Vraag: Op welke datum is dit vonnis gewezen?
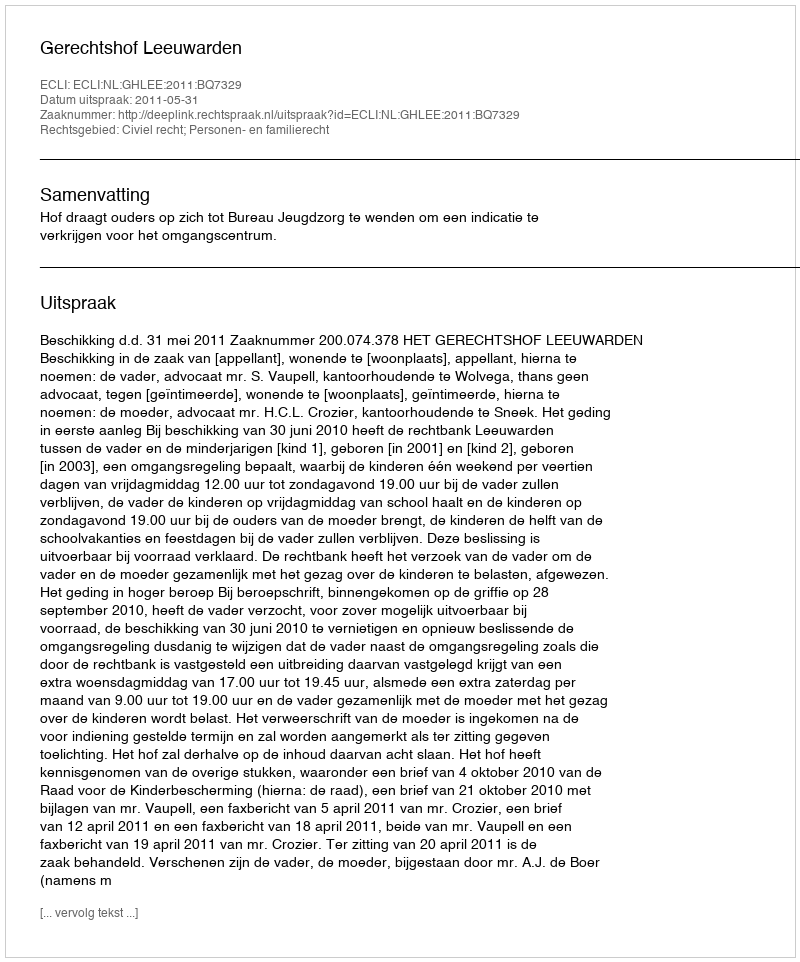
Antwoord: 2011-05-31